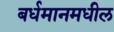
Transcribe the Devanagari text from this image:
बर्धमानमधील